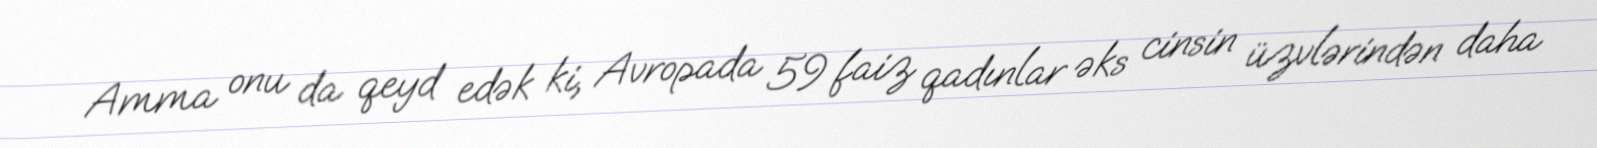
Amma onu da qeyd edək ki, Avropada 59 faiz qadınlar əks cinsin üzvlərindən daha